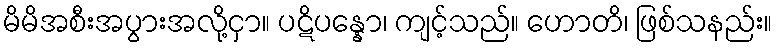
မိမိအစီးအပွားအလို့ငှာ။ ပဋိပန္နော၊ ကျင့်သည်။ ဟောတိ၊ ဖြစ်သနည်း။